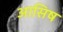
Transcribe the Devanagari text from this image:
आसिष